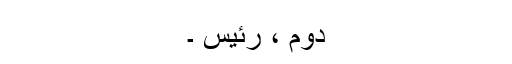
دوم ، رئیس ۔